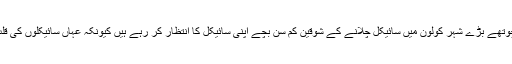
جرمنی کے چوتھے بڑے شہر کولون میں سائیکل چلانے کے شوقین کم سن بچے اپنی سائیکل کا انتظار کر رہے ہیں کیونکہ عہاں سائیکلوں کی قلت ہو گئی ہے۔